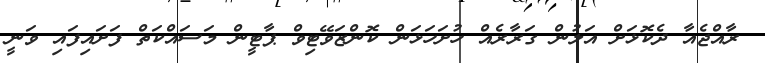
ރާއްޖެއާ ދެކޮޅަށް އަލުން ގަރާރެއް ހުށަހަޅަން ކޮންޒަވޭޓިވް ޕާޓީން މަސައްކަތް ފަށައިފައި ވަނީ